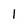
Character: l